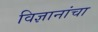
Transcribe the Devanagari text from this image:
विज्ञानांचा